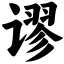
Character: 谬